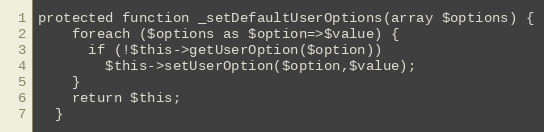
Language: PHP
protected function _setDefaultUserOptions(array $options) {
    foreach ($options as $option=>$value) {
      if (!$this->getUserOption($option))
        $this->setUserOption($option,$value);
    }
    return $this;
  }